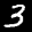
Label: 3